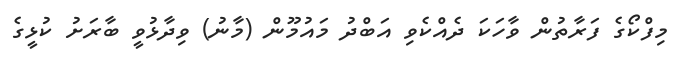
މިފްކޯގެ ފަރާތުން ވާހަކަ ދެއްކެވި އަބްދު މައުމޫން (މާނު) ވިދާޅުވީ ބާރަށު ކުޅީގެ